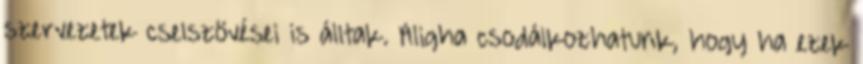
szervezetek cselszövései is álltak. Aligha csodálkozhatunk, hogy ha ezek